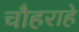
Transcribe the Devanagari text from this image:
चौहराहे